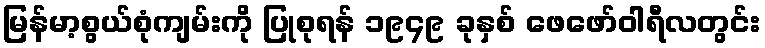
မြန်မာ့စွယ်စုံကျမ်းကို ပြုစုရန် ၁၉၄၉ ခုနှစ် ဖေဖော်ဝါရီလတွင်း